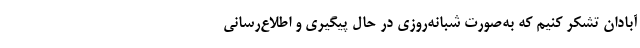
آبادان تشکر کنیم که به‌صورت شبانه‌روزی در حال پیگیری و اطلاع‌رسانی